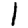
Digit: 1